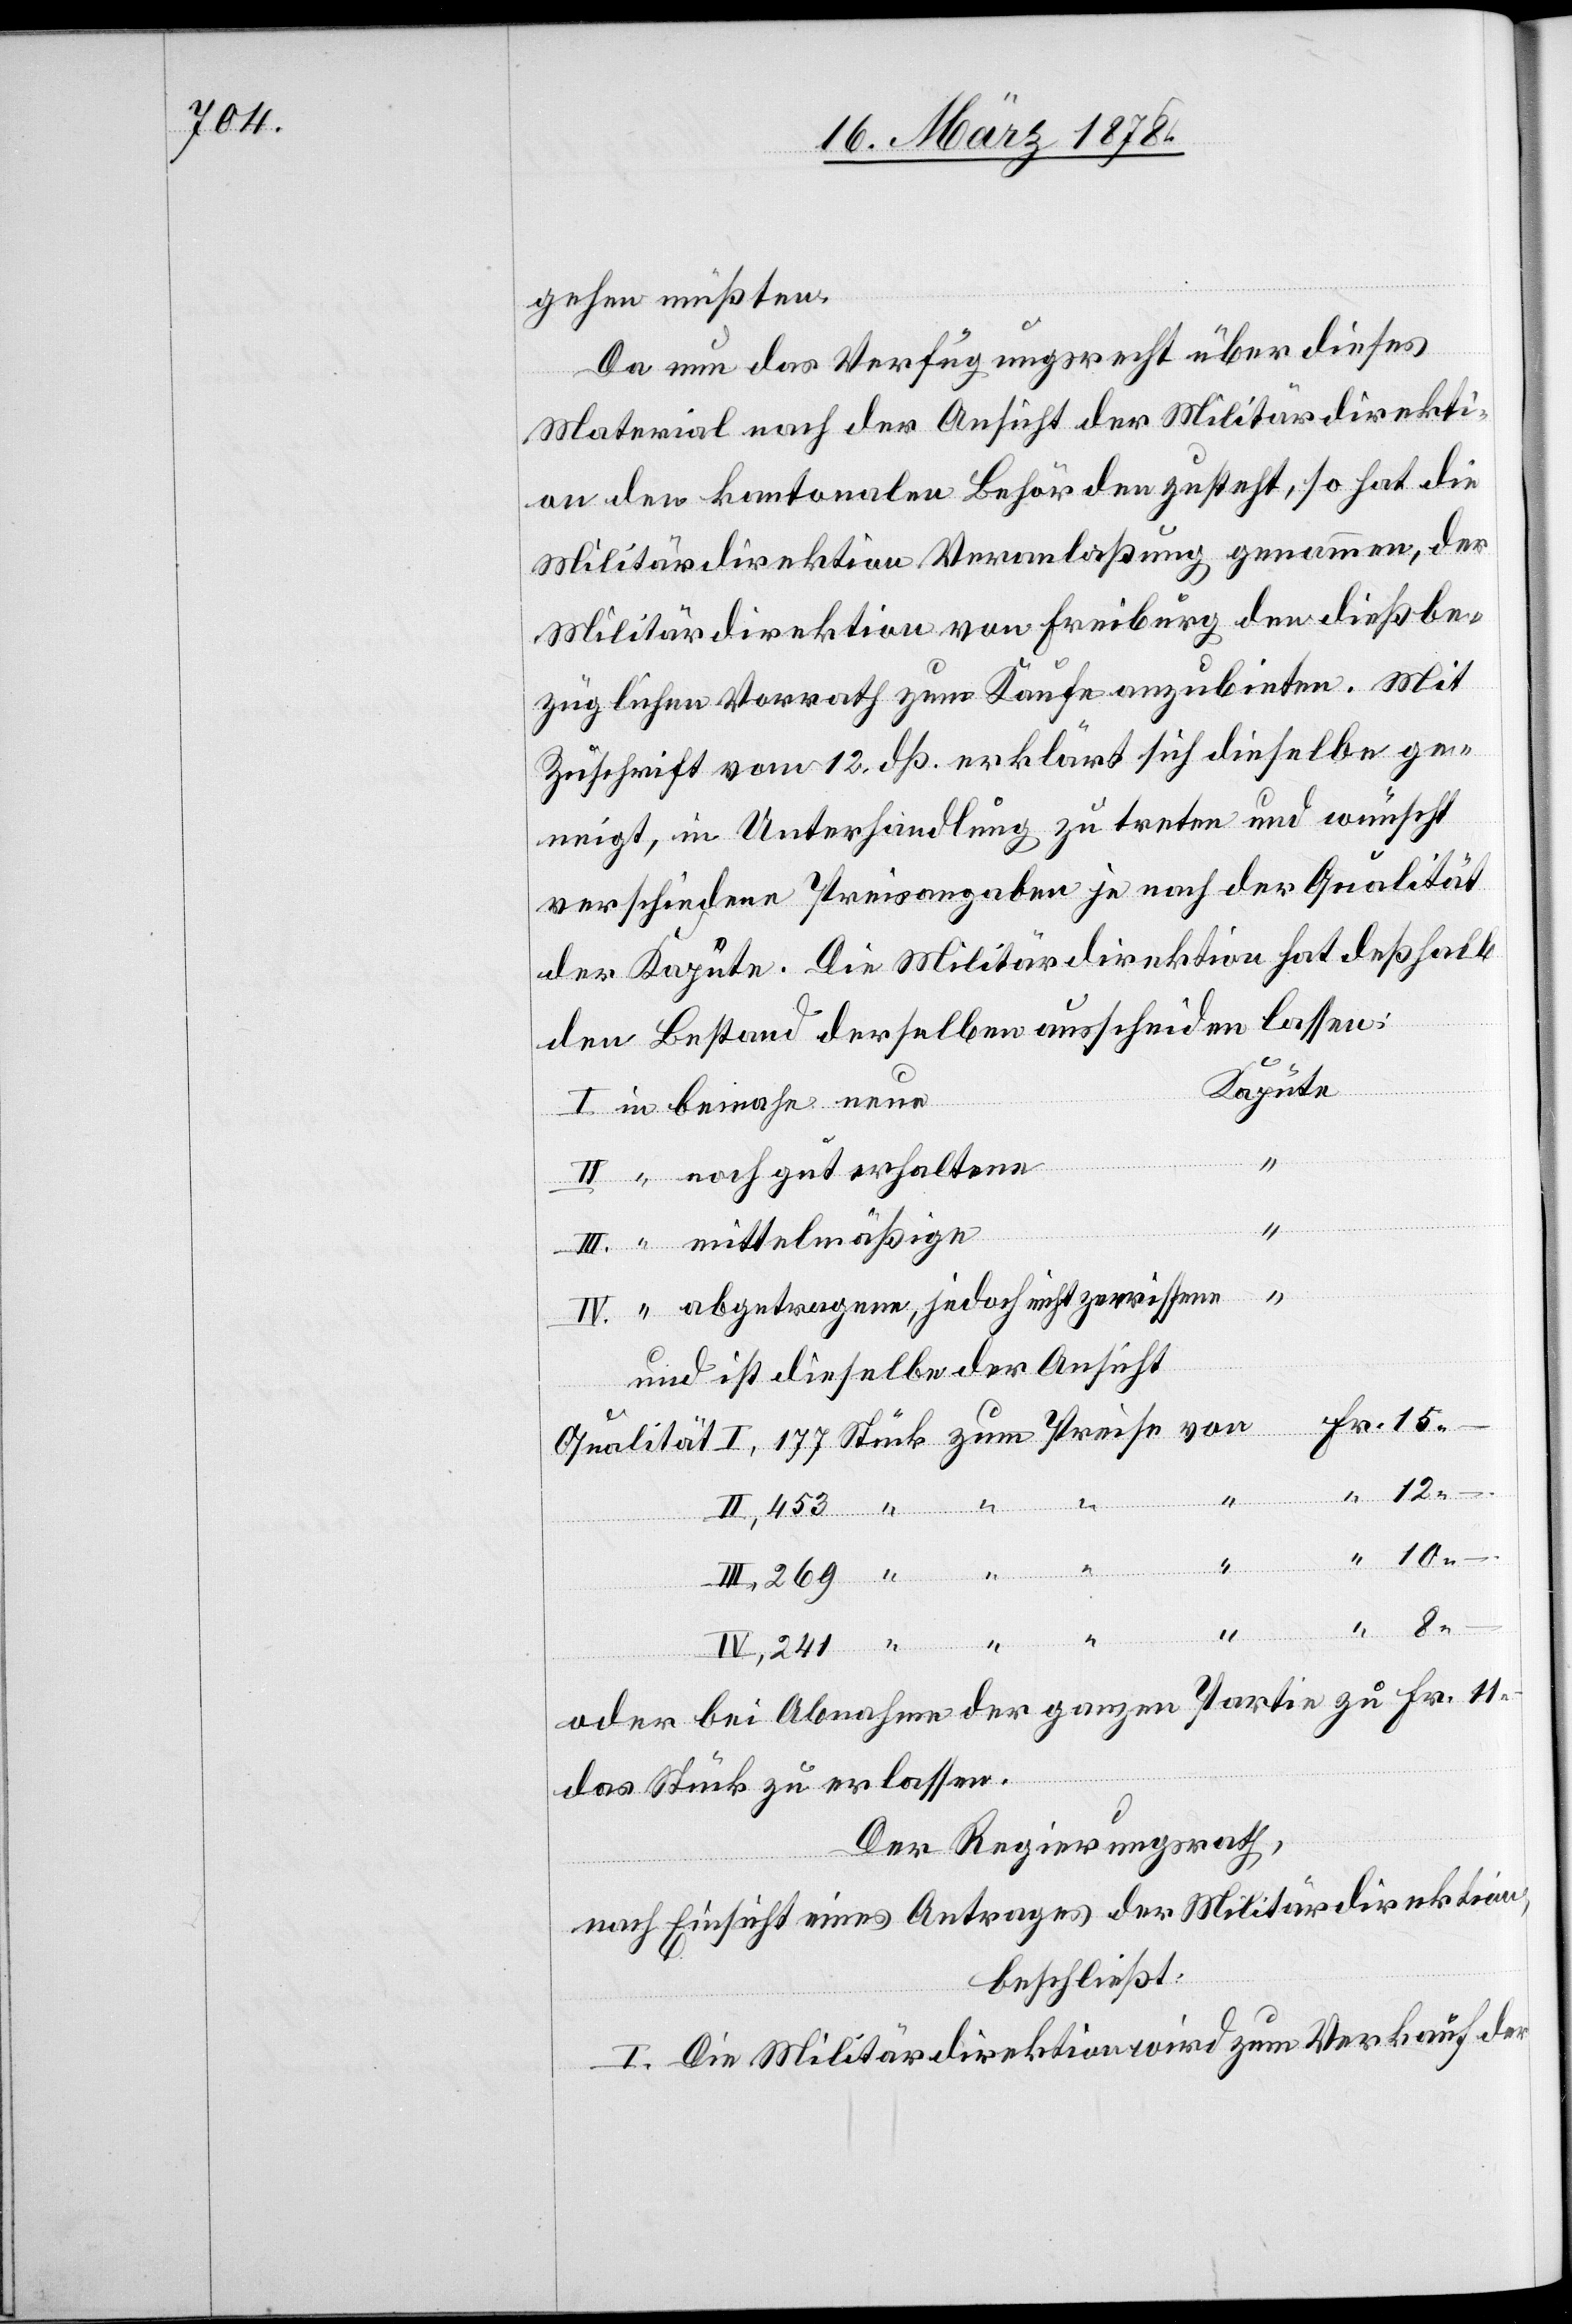
gehen müßten.
Da nun das Verfügungsrecht über dieses
Material nach der Ansicht der Militärdirekti¬
on den kantonalen Behörden zusteht, so hat die
Militärdirektion Veranlaßung genommen, der
Militärdirektion von Freiburg den dießbe¬
züglichen Vorrath zum Kaufe anzubieten. Mit
Zuschrift vom 12. dß. erklärt sich dieselbe ge¬
neigt, in Unterhandlung zu treten und wünscht
verschiedene Preisangabe je nach der Qualität
der Kapute. Die Militärdirektion hat deßhalb
den Bestand derselben ausschneiden lassen:
Kapute
10.–
IV.
abgetragene, jedoch nicht zerrissene
und ist dieselbe der Ansicht
oder bei Abnahme der ganzen Partie zu Fr. 14.–
das Stück zu erlassen.
Der Regierungsrat,
nach Einsicht eines Antrages der Militärdirektion,
beschließt:
I, Die Militärdirektion wird zum Verkaufe der